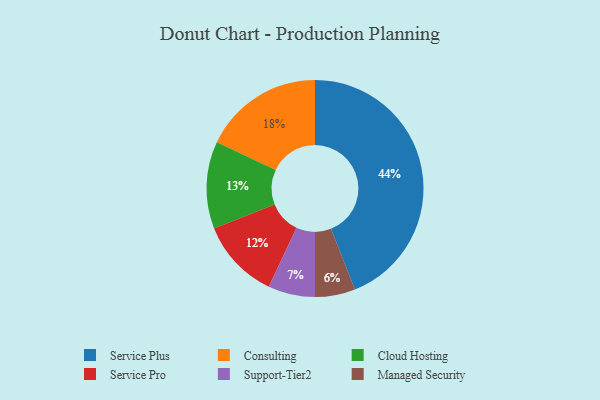
{"axis": {"x": "Category", "y": "Percentage"}, "legend": ["Cloud Hosting", "Consulting", "Managed Security", "Service Plus", "Service Pro", "Support-Tier2"], "data": [{"x": "Consulting", "y": 18, "type": "Consulting"}, {"x": "Managed Security", "y": 6, "type": "Managed Security"}, {"x": "Service Plus", "y": 44, "type": "Service Plus"}, {"x": "Service Pro", "y": 12, "type": "Service Pro"}, {"x": "Cloud Hosting", "y": 13, "type": "Cloud Hosting"}, {"x": "Support-Tier2", "y": 7, "type": "Support-Tier2"}]}